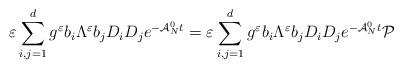
LaTeX: \begin{align*}\varepsilon \sum_{i,j=1}^d g^\varepsilon b_i \Lambda^\varepsilon b_j D_i D_j e^{-\mathcal{A}_N^0t}= \varepsilon \sum_{i,j=1}^d g^\varepsilon b_i \Lambda^\varepsilon b_j D_i D_j e^{-\mathcal{A}_N^0t} {\mathcal P}\end{align*}